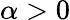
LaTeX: \alpha>0